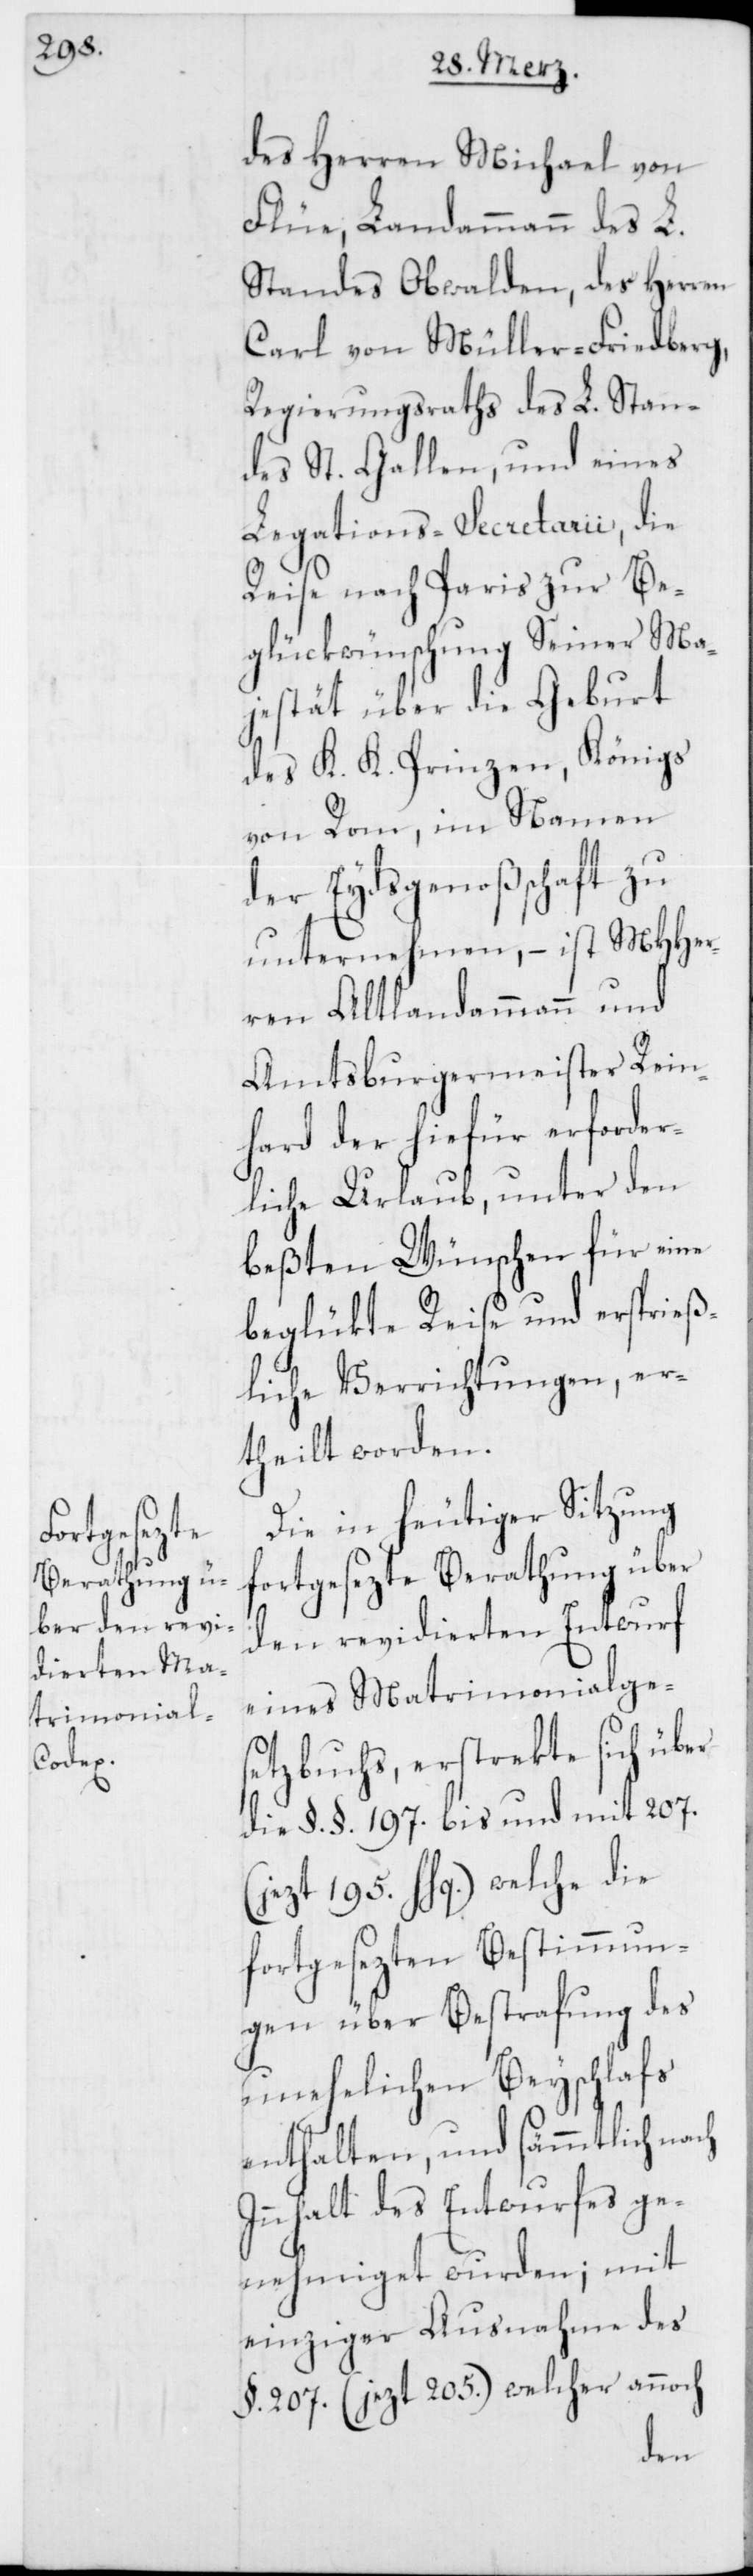
des Herren Michael von
Flüe, Landammann des L.
Standes Obwalden, des Herren
Carl von Müller-Friedberg,
Regierungsraths des L. Stan¬
des St. Gallen, und eines
Legations-Secretarii, die
Reise nach Paris zur Be¬
glückwünschung Seiner Ma¬
jestät über die Geburt
des K. K. Prinzen, Königs
von Rom, im Namen
der Eydsgenoßenschaft zu
unternehmen, – ist MHHer¬
ren Altlandammann und
Amtsburgermeister Rein¬
hard der hiefür erforder¬
liche Urlaub, unter den
beßten Wünschen für eine
beglükte Reise und ersprieß¬
liche Verrichtungen, er¬
theilt worden.
Die in heutiger Sitzung
fortgesezte Berathung über
den revidierten Entwurf
eines Matrimonialges¬
etzbuchs, erstrekte sich über
die §. §. 197. bis und mit 207.
(jezt 195. hhq.) welche die
fortgesezten Bestimmun¬
gen über Bestrafung des
unehelichen Beyschlafs
enthalten, und sämmtlich nach
Innhalt des Entwurfes ge¬
nehmiget wurden; mit
einziger Ausnahme des
§. 207. (jezt 205.), welcher annoch